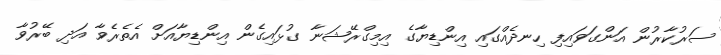
ސަރުކާރުން އަންގަވައިފި ހިނދެއްގައި އިންޑިޔާގެ އިމިގްރޭޝަނާ ގުޅައިގެން އިންޑިޔާއަށް އެތެރެވާ އަދި ބޭރުވާ